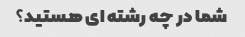
شما در چه رشته ای هستید؟